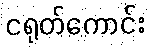
ငရုတ်ကောင်း